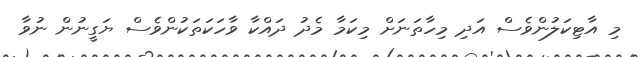
މި އާޓިކަލުންވެސް އަދި މިހާތަނަށް މިކަމާ މެދު ދައްކާ ވާހަކަތަކުންވެސް ޔަގީނުން ނުވާ